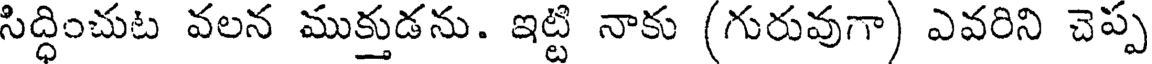
సిద్ధించుట వలన ముక్తుడను. ఇట్టి నాకు (గురువుగా) ఎవరిని చెప్ప